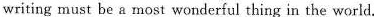
writing must be a most wonderful thing in the world.